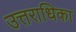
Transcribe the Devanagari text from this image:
उत्तराधिका